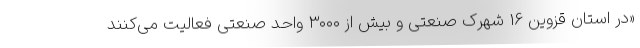
«در استان قزوین 16 شهرک‌ صنعتی و بیش از ۳۰۰۰ واحد صنعتی فعالیت می‌کنند